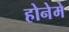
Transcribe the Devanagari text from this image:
होनेमे